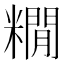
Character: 𮇻